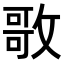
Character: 𭤃